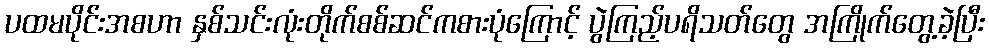
ပထမပိုင်းအစဟာ နှစ်သင်းလုံးတိုက်စစ်ဆင်ကစားပုံကြောင့် ပွဲကြည့်ပရိသတ်တွေ အကြိုက်တွေ့ခဲ့ပြီး